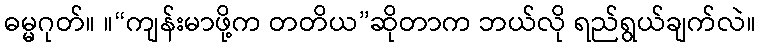
ဓမ္မဂုတ်။ ။“ကျန်းမာဖို့က တတိယ”ဆိုတာက ဘယ်လို ရည်ရွယ်ချက်လဲ။